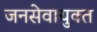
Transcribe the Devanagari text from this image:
जनसेवायुक्‍त